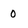
Character: 0